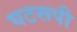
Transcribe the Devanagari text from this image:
घटरूपी